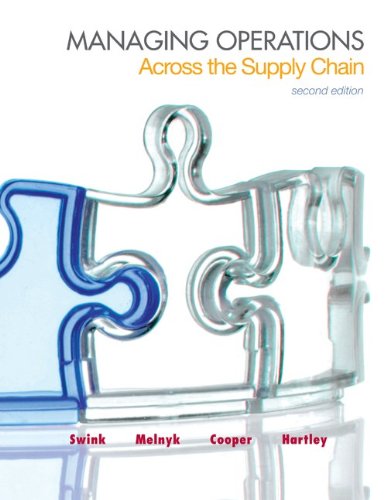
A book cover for Managing Operations Across the Supply Chain (McGraw-Hill/Irwin Series in Operations and Decision Sciences); Morgan Swink; Business & Money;